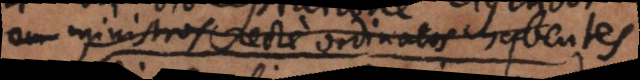
ministros recte ordinatos habentes